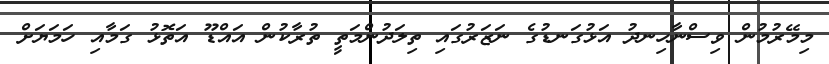
މިމޭރުމުން ވިސްނާހިނދު އަޅުގަނޑުގެ ނަޒަރުގައި ތިލަދުންމަތީ ތުރާކުން އައްޑޫ އަތޮޅު ގަމާއި ހަމަޔަށް